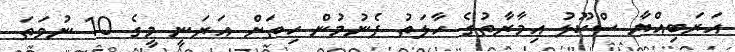
އަރަބިއްޔާ ސްކޫލު އިމާރާތުގެ ހާލަތު ފެނުމުން ހިތަށް އަރަނީ މީގެ 10 ނުވަތަ